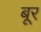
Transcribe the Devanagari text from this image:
बूर